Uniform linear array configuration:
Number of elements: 48
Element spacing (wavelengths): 0.5
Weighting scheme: blackman
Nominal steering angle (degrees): -15
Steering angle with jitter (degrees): -13.8
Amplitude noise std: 0.05
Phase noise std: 0.05

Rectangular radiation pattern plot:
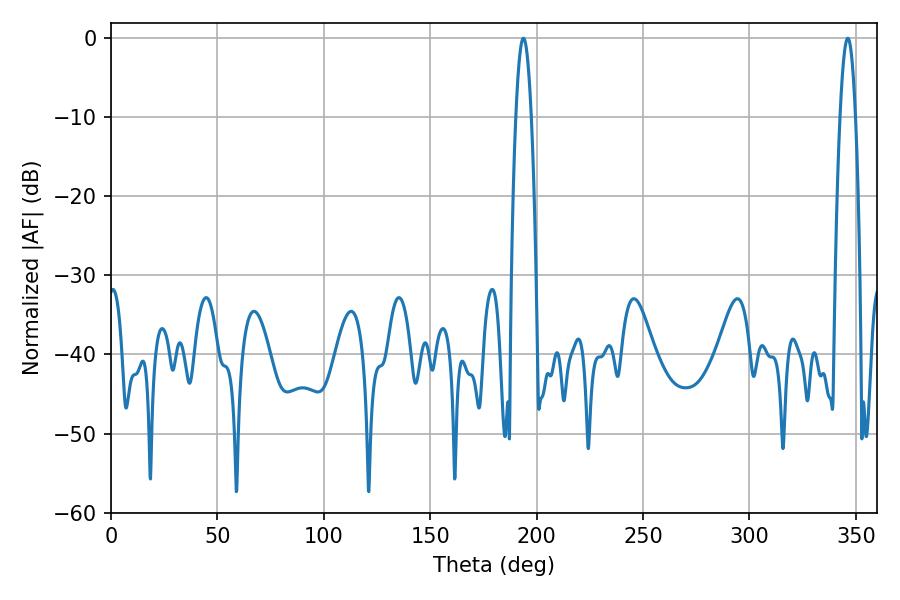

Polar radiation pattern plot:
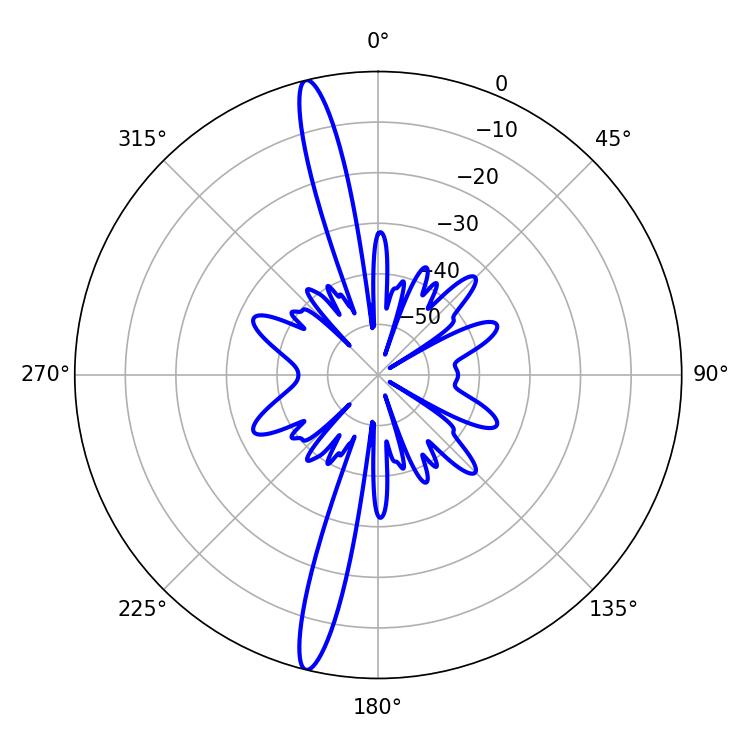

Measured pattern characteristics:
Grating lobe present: FALSE
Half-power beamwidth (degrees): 3.96
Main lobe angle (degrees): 193.86